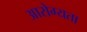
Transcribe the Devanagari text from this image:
आरोग्‍यता